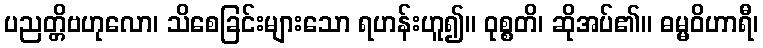
ပညတ္တိဗဟုလော၊ သိစေခြင်းများသော ရဟန်းဟူ၍။ ဝုစ္စတိ၊ ဆိုအပ်၏။ ဓမ္မဝိဟာရီ၊